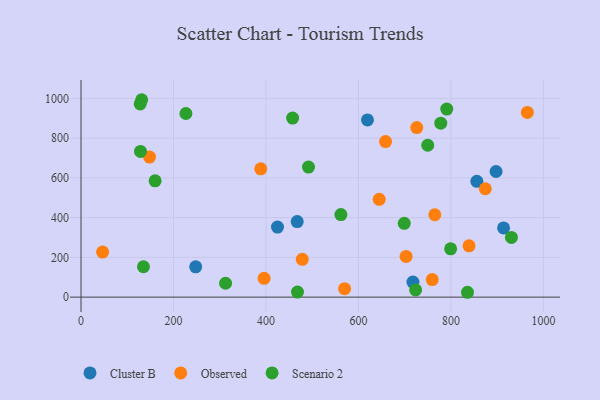
{"axis": {"x": "Engine Size", "y": "Exam Score"}, "legend": ["Cluster B", "Observed", "Scenario 2"], "data": [{"x": "856.0", "y": 582.6, "type": "Cluster B"}, {"x": "717.8", "y": 75.9, "type": "Cluster B"}, {"x": "248.0", "y": 152.5, "type": "Cluster B"}, {"x": "467.5", "y": 380.0, "type": "Cluster B"}, {"x": "897.6", "y": 632.2, "type": "Cluster B"}, {"x": "424.9", "y": 352.6, "type": "Cluster B"}, {"x": "913.8", "y": 348.0, "type": "Cluster B"}, {"x": "619.5", "y": 891.8, "type": "Cluster B"}, {"x": "148.1", "y": 704.7, "type": "Observed"}, {"x": "478.5", "y": 190.3, "type": "Observed"}, {"x": "395.9", "y": 94.6, "type": "Observed"}, {"x": "726.1", "y": 853.3, "type": "Observed"}, {"x": "703.0", "y": 205.1, "type": "Observed"}, {"x": "759.5", "y": 88.3, "type": "Observed"}, {"x": "388.7", "y": 645.7, "type": "Observed"}, {"x": "965.3", "y": 929.4, "type": "Observed"}, {"x": "765.1", "y": 414.5, "type": "Observed"}, {"x": "46.7", "y": 226.8, "type": "Observed"}, {"x": "874.4", "y": 545.4, "type": "Observed"}, {"x": "839.1", "y": 258.1, "type": "Observed"}, {"x": "644.9", "y": 492.0, "type": "Observed"}, {"x": "658.6", "y": 782.9, "type": "Observed"}, {"x": "570.0", "y": 42.6, "type": "Observed"}, {"x": "457.6", "y": 900.9, "type": "Scenario 2"}, {"x": "468.1", "y": 25.5, "type": "Scenario 2"}, {"x": "226.8", "y": 923.9, "type": "Scenario 2"}, {"x": "135.0", "y": 152.8, "type": "Scenario 2"}, {"x": "749.8", "y": 764.2, "type": "Scenario 2"}, {"x": "835.8", "y": 24.5, "type": "Scenario 2"}, {"x": "128.6", "y": 733.2, "type": "Scenario 2"}, {"x": "778.0", "y": 875.2, "type": "Scenario 2"}, {"x": "799.3", "y": 243.0, "type": "Scenario 2"}, {"x": "930.8", "y": 300.5, "type": "Scenario 2"}, {"x": "491.9", "y": 654.2, "type": "Scenario 2"}, {"x": "312.6", "y": 70.0, "type": "Scenario 2"}, {"x": "131.1", "y": 993.2, "type": "Scenario 2"}, {"x": "699.0", "y": 371.4, "type": "Scenario 2"}, {"x": "160.2", "y": 585.4, "type": "Scenario 2"}, {"x": "723.6", "y": 36.4, "type": "Scenario 2"}, {"x": "127.9", "y": 972.3, "type": "Scenario 2"}, {"x": "791.0", "y": 946.0, "type": "Scenario 2"}, {"x": "562.0", "y": 415.3, "type": "Scenario 2"}]}